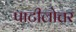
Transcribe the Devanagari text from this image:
पाटीलोत्तर